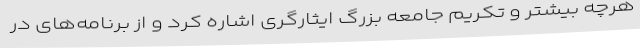
هرچه بیشتر و تکریم جامعه بزرگ ایثارگری اشاره کرد و از برنامه‌های در